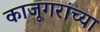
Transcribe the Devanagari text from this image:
काजूगरांच्या